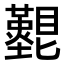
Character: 𥌵